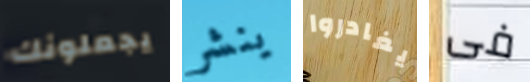
يجعلونك ينشر يغادروا فى